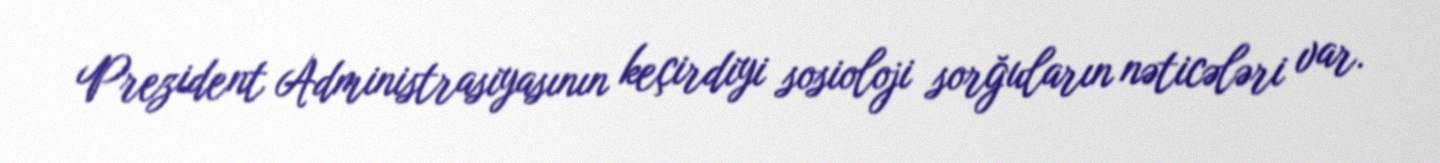
Prezident Administrasiyasının keçirdiyi sosioloji sorğuların nəticələri var.